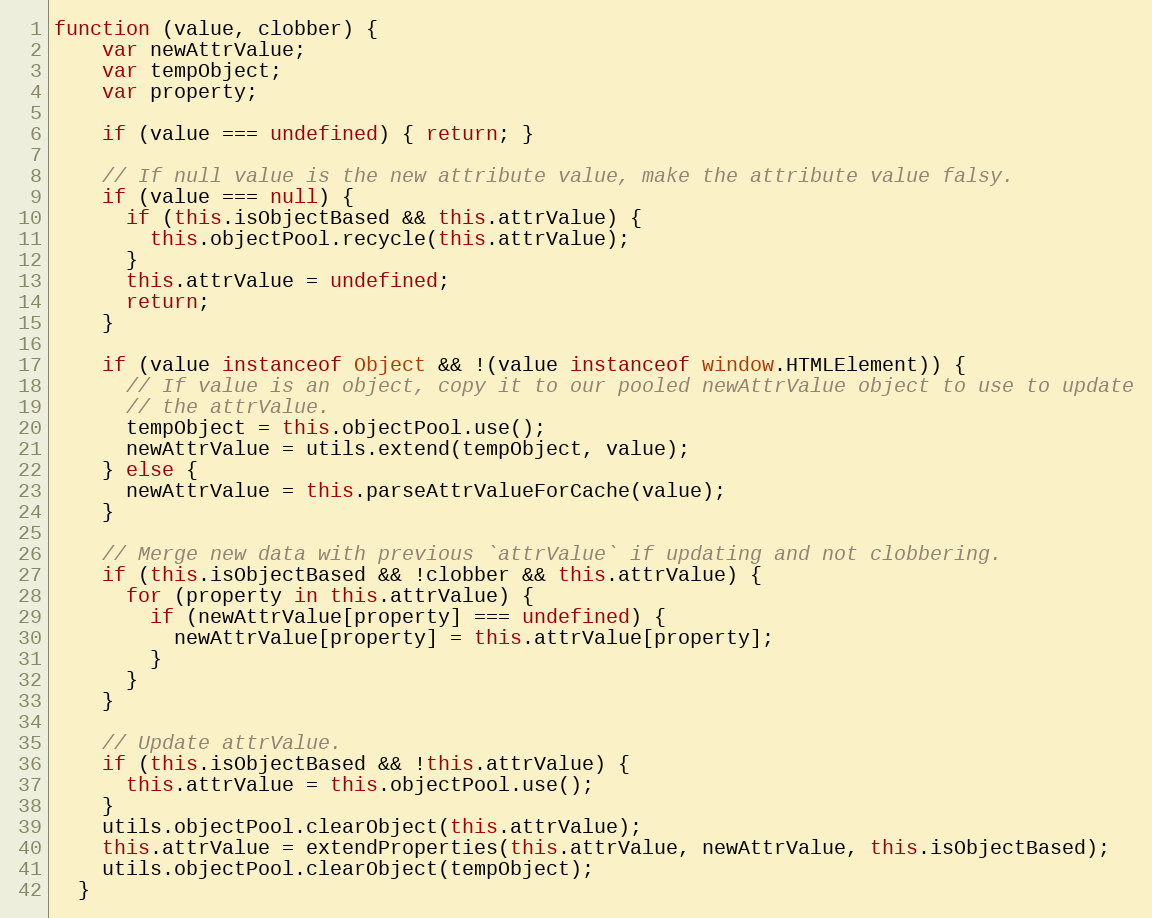
Language: JavaScript
function (value, clobber) {
    var newAttrValue;
    var tempObject;
    var property;

    if (value === undefined) { return; }

    // If null value is the new attribute value, make the attribute value falsy.
    if (value === null) {
      if (this.isObjectBased && this.attrValue) {
        this.objectPool.recycle(this.attrValue);
      }
      this.attrValue = undefined;
      return;
    }

    if (value instanceof Object && !(value instanceof window.HTMLElement)) {
      // If value is an object, copy it to our pooled newAttrValue object to use to update
      // the attrValue.
      tempObject = this.objectPool.use();
      newAttrValue = utils.extend(tempObject, value);
    } else {
      newAttrValue = this.parseAttrValueForCache(value);
    }

    // Merge new data with previous `attrValue` if updating and not clobbering.
    if (this.isObjectBased && !clobber && this.attrValue) {
      for (property in this.attrValue) {
        if (newAttrValue[property] === undefined) {
          newAttrValue[property] = this.attrValue[property];
        }
      }
    }

    // Update attrValue.
    if (this.isObjectBased && !this.attrValue) {
      this.attrValue = this.objectPool.use();
    }
    utils.objectPool.clearObject(this.attrValue);
    this.attrValue = extendProperties(this.attrValue, newAttrValue, this.isObjectBased);
    utils.objectPool.clearObject(tempObject);
  }